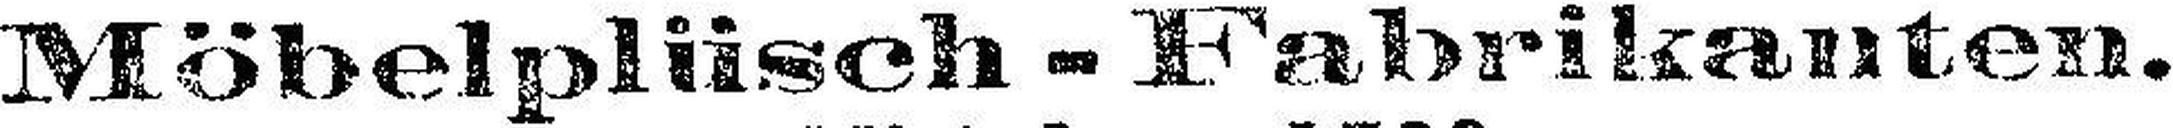
Möbelplüsch - Fabrikanten.